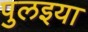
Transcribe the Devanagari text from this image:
पुलइया